Senior Leaving Certificate Examination (including Day School Certificate (Higher) General paper), 1946
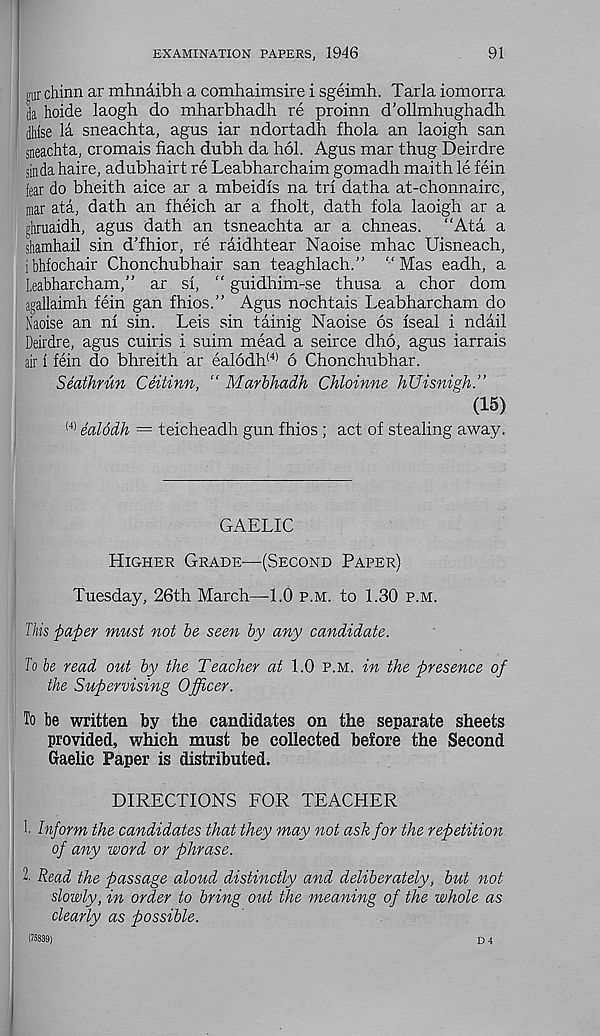
EXAMINATION PAPERS, 1946
91
gar chinn ar mhnaibh a comhaimsire i sgeimh. Tarla iomorra
da hoide laogh do mharbhadh re proinn d’ollmhughadh
dlifse la sneachta, agus iar ndortadh fhola an laoigh san
sneachta, cromais fiach dubh da hoi. Agus mar thug Deirdre
sin da haire, adubhairt re Leabharchaim gomadh maith le fein
fear do bheith aice ar a mbeidis na tri datha at-chonnairc,
mar ata, dath an fheich ar a fholt, dath fola laoigh ar a
ghruaidh, agus dath an tsneachta ar a chneas. “Ata a
shamhail sin d’fhior, re raidhtear Naoise mhac Uisneach,
ibhfochair Chonchubhair san teaghlach.” “Mas eadh, a
Leabharcham,” ar si, “ guidhim-se thusa a chor dom
agallaimh fein gan fhios.” Agus nochtais Leabharcham do
Naoise an ni sin. Leis sin tainig Naoise 6s iseal i ndail
Deirdre, agus cuiris i suim mead a seirce dho, agus iarrais
air i fein do bhreith ar ealodh (4) 6 Chonchubhar.
Seathrun Ceitinn, “ Marbhadh Chloinne hUisnigh.”
(15)
(4) ealodh = teicheadh gun fhios ; act of stealing away.
GAELIC
Higher Grade'—(Second Paper)
Tuesday, 26th March—1.0 p.m. to 1.30 p.m.
This paper must not be seen by any candidate.
To be read out by the Teacher at 1.0 p.m. in the presence of
the Supervising Officer.
To be written by the candidates on the separate sheets
provided, which must be collected before the Second
Gaelic Paper is distributed.
DIRECTIONS FOR TEACHER
f Inform the candidates that they may not ask for the repetition
of any word or phrase.
2. Read the passage aloud distinctly and deliberately, but not
slowly, in order to bring out the meaning of the whole as
clearly as possible.
D 4